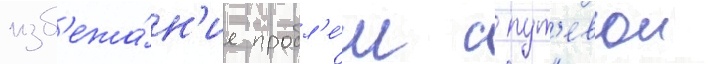
изб'ежа́н'ие пробл'е́м с пут'евои